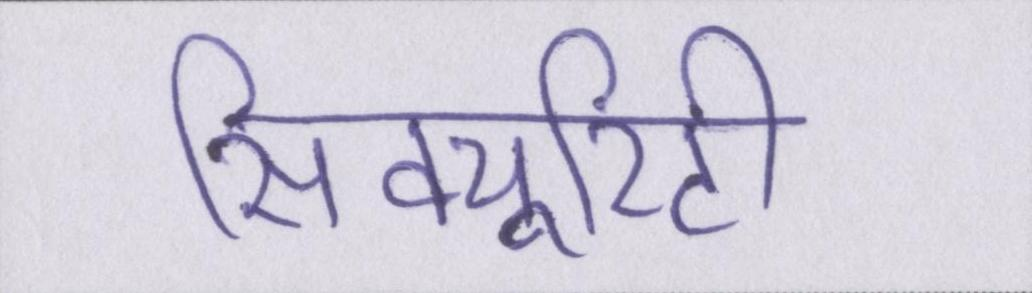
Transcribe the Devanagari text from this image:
सिक्यूरिटी